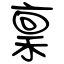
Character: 稟